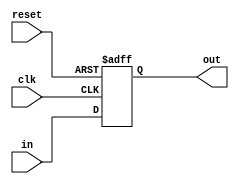
module ff(out, in, clk, reset);
    input [1:0] in;
    output reg [1:0] out;
    input clk, reset;
    
    always @ (posedge clk or negedge reset) begin
        if (reset == 1'b0) begin
            out <= 2'b00;
        end
        else begin
            out <= in;
        end
    end
endmodule

module top(out,in,clk,reset);
        input [1:0] in;
        output [1:0] out;
        input clk, reset;
        
        wire [1:0] wff;
        
        ff ff0(wff,in,clk,reset);
        ff ff1(out,wff,clk,reset);
        
endmodule

module tb_prop();
    reg clk, reset;
    reg [1:0] in;
    wire [1:0] out;
    
    top top(out,in,clk,reset);
    
    initial begin
       clk = 1'b1;
       reset = 1'b0;
       in = 2'b01;
       #2 reset = 1'b1;
       #4 in = 2'b10;
       #4 in = 2'b11;
    end
    
    always clk = #1 ~clk; 
endmodule